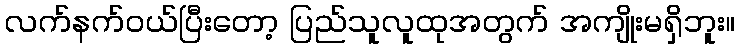
လက်နက်ဝယ်ပြီးတော့ ပြည်သူလူထုအတွက် အကျိုးမရှိဘူး။